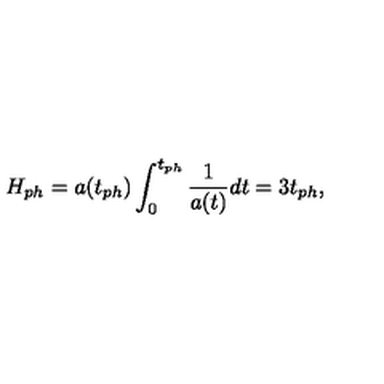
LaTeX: H _ { p h } = a ( t _ { p h } ) \int _ { 0 } ^ { t _ { p h } } \frac { 1 } { a ( t ) } d t = 3 t _ { p h } ,